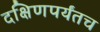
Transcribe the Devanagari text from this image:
दक्षिणपर्यंतच